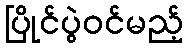
ပြိုင်ပွဲဝင်မည့်